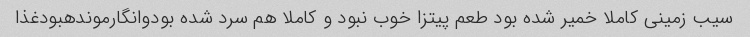
سیب زمینی کاملا خمیر شده بود طعم پیتزا خوب نبود و کاملا هم سرد شده بودوانگارموندهبودغذا